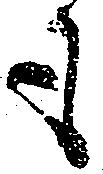
も